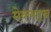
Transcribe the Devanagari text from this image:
मेक्साब